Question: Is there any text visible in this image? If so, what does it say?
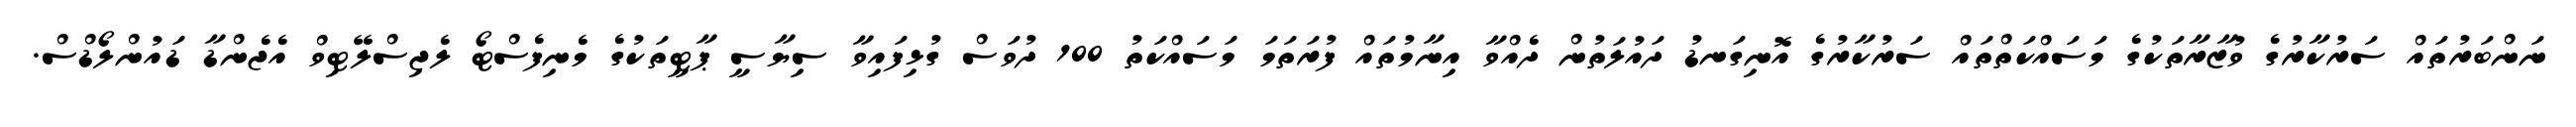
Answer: ނަންބަރުތައް ސަރުކާރުގެ ވުޒާރާތަކުގެ މަސައްކަތްތައް ސަރުކާރުގެ އޮނިގަނޑު ދައުލަތުން ދެއްވާ އިނާމުތައް ފުރަތަމަ މަސައްކަތު 100 ދުވަސް ގުޅިފައިވާ ސިޔާސީ ޕާޓީތަކުގެ މެނިފެސްޓޯ ލެޖިސްލޭޓިވް އެޖެންޑާ ޑައުންލޯޑްސް.